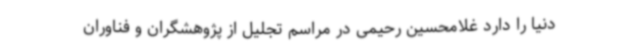
دنیا را دارد غلامحسین رحیمی در مراسم تجلیل از پژوهشگران و فناوران